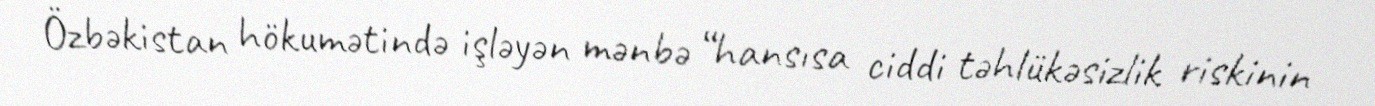
Özbəkistan hökumətində işləyən mənbə “hansısa ciddi təhlükəsizlik riskinin